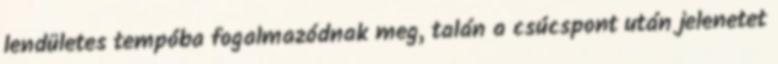
lendületes tempóba fogalmazódnak meg, talán a csúcspont után jelenetet